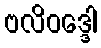
ဗလိဝဒ္ဒေါ